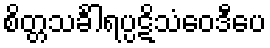
စိတ္တသင်္ခါရပ္ပဋိသံဝေဒီပေ